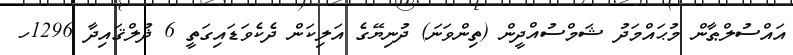
އައްސުލްޠާން މުޙައްމަދު ޝަމްސުއްދީން (ތިންވަނަ) ދުނިޔޭގެ އަލިކަން ދެކެވަޑައިގަތީ 6 ޛުލްޤައިދާ 1296ހ